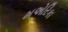
મએરિકા